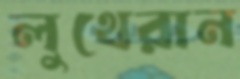
লুথেরান